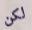
لكن